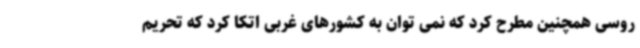
روسی همچنین مطرح کرد که نمی توان به کشورهای غربی اتکا کرد که تحریم